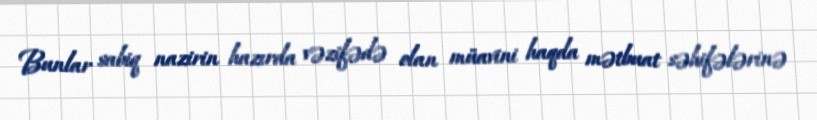
Bunlar sabiq nazirin hazırda vəzifədə olan müavini haqda mətbuat səhifələrinə